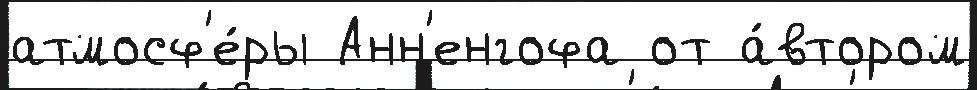
атмосф'е́ры Анн'енгофа от а́втором